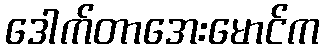
ဒေါက်တာအေးမောင်က